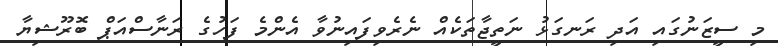
މި ސީޒަނުގައި އަދި ރަނގަޅު ނަތީޖާތަކެއް ނެރެވިފައިނުވާ އެންމެ ފަހުގެ ރަނާސްއަޕް ބޮރޫޝިޔާ